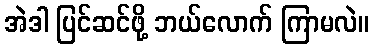
အဲဒါ ပြင်ဆင်ဖို့ ဘယ်လောက် ကြာမလဲ။